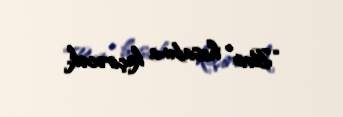
“Bvin” hesabına keçirəcək.